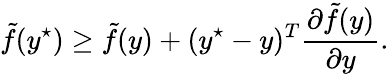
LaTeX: \tilde{f}(y^{\star})\geq\tilde{f}(y)+(y^{\star}-y)^{T}\frac{\partial\tilde{f}(y)}{\partial y}.